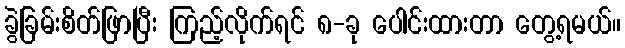
ခွဲခြမ်းစိတ်ဖြာပြီး ကြည့်လိုက်ရင် ၈-ခု ပေါင်းထားတာ တွေ့ရမယ်။